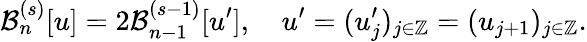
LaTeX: \mathcal{B}_{n}^{(s)}[u]=2\mathcal{B}_{n-1}^{(s-1)}[u^{\prime}],\quad u^{\prime}=(u_{j}^{\prime})_{j\in\mathbb{Z}}=(u_{j+1})_{j\in\mathbb{Z}}.